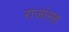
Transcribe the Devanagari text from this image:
राजांसह